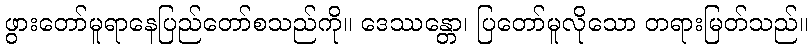
ဖွားတော်မူရာနေပြည်တော်စသည်ကို။ ဒေဿန္တော၊ ပြတော်မူလိုသော တရားမြတ်သည်။